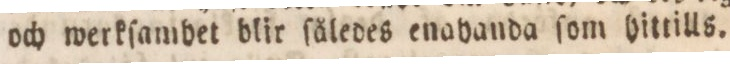
och werkſambet blir ſåledes enabanda ſom hittills.